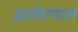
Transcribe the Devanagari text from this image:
इस्तेएमाल